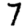
Digit: 7